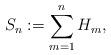
LaTeX: \begin{align*}S_n := \sum_{m=1}^n H_m,\end{align*}